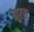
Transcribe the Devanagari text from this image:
ह्यूरस